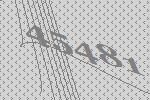
45481